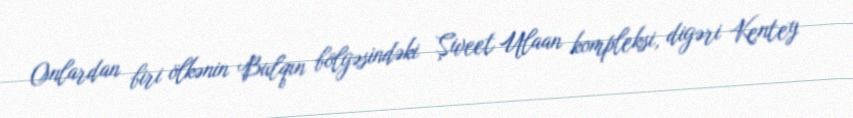
Onlardan biri ölkənin Bulqın bölgəsindəki Şiveet Ulaan kompleksi, digəri Kentey